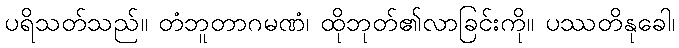
ပရိသတ်သည်။ တံဘူတာဂမဏံ၊ ထိုဘုတ်၏လာခြင်းကို။ ပဿတိနုခေါ၊